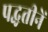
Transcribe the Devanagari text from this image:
पद्धतीनें